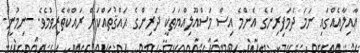
ޢާއިލާއެއްގައި ނަމަ ދެމަފިރިންގެ އެންމެ އިސް މަސްއޫލިއްޔަތަކީ ދަރިންގެ ޙައްޤުތައްކަށް ރައްކާތެރިވުމެވެ. -ނިމުނީ-